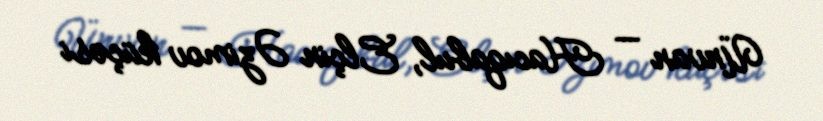
Ünvan — Hacıqabul, Elçin Əzimov küçəsi